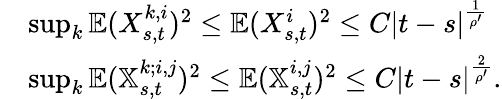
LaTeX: \begin{array}{rl}&{\operatorname*{sup}_{k}\mathbb{E}(X_{s,t}^{k,i})^{2}\leq\mathbb{E}(X_{s,t}^{i})^{2}\leq C\left|t-s\right|^{\frac{1}{\rho^{\prime}}}}\\ &{\operatorname*{sup}_{k}\mathbb{E}(\mathbb{X}_{s,t}^{k;i,j})^{2}\leq\mathbb{E}(\mathbb{X}_{s,t}^{i,j})^{2}\leq C\left|t-s\right|^{\frac{2}{\rho^{\prime}}}.}\end{array}